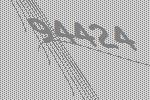
94424